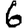
Digit: 6